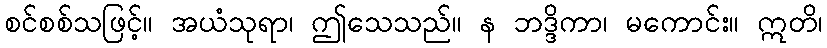
စင်စစ်သဖြင့်။ အယံသုရာ၊ ဤသေသည်။ န ဘဒ္ဒိကာ၊ မကောင်း။ ဣတိ၊